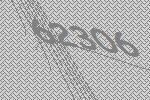
62306